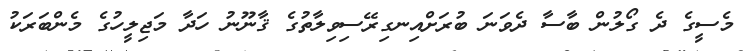
މެސީގެ ދެ ގޯލުން ބާސާ ދެވަނަ ބުރަށްއިނގިރޭސިވިލާތުގެ ޤާނޫނު ހަދާ މަޖިލީހުގެ މެންބަރަކު